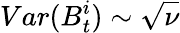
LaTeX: Var(B_{t}^{i})\sim\sqrt\nu